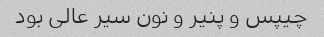
چیپس و پنیر و نون سیر عالی بود